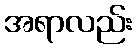
အရာလည်း